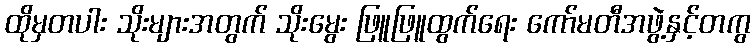
ထိုမှတပါး သိုးများအတွက် သိုးမွေး ဖြူဖြူထွက်ရေး ကော်မတီအဖွဲ့နှင့်တကွ